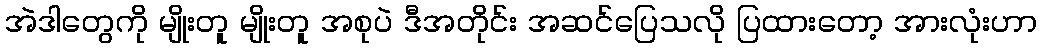
အဲဒါတွေကို မျိုးတူ မျိုးတူ အစုပဲ ဒီအတိုင်း အဆင်ပြေသလို ပြထားတော့ အားလုံးဟာ